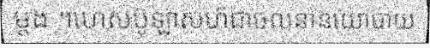
ម្តង ។ហេសប៊ូឡាសហ៍ជាចលនានយោបាយ